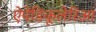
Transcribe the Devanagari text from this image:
ऐपेंडिकूलेरिआ